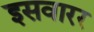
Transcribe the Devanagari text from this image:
इसवारर